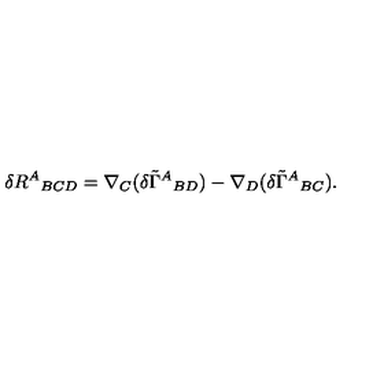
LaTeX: \delta R ^ { A } { } _ { B C D } = \nabla _ { C } ( \delta { \tilde { \Gamma } ^ { A } { } _ { B D } ) } - \nabla _ { D } ( \delta { \tilde { \Gamma } ^ { A } { } _ { B C } ) } .